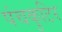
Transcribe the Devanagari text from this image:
पंचकुटिर